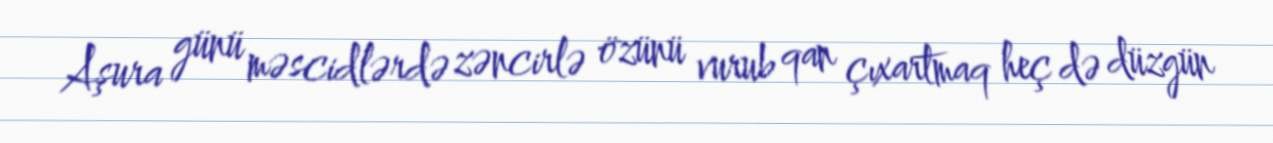
Aşura günü məscidlərdə zəncirlə özünü vurub qan çıxartmaq heç də düzgün